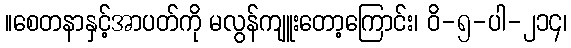
။စေတနာနှင့်အာပတ်ကို မလွန်ကျူးတော့ကြောင်း၊ ဝိ-၅-ပါ-၂၁၄၊